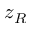
z _ { R }